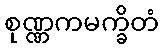
စုဏ္ဏကမက္ခိတံ